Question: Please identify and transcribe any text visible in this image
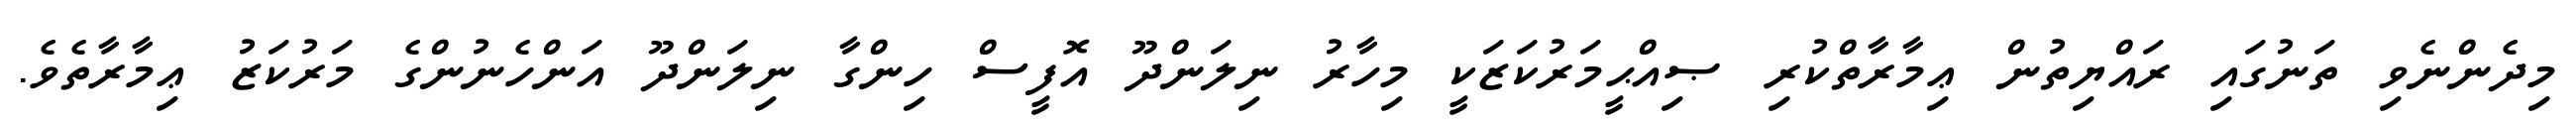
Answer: މިދެންނެވި ތަނުގައި ރައްޔިތުން ޢިމާރާތްކުރި ޞިއްޙީމަރުކަޒަކީ މިހާރު ނިލަންދޫ އޮފީސް ހިންގާ ނިލަންދޫ އަންހެނުންގެ މަރުކަޒު ޢިމާރާތެވެ.